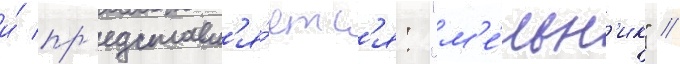
и́ пр'едставл'я́етс'я: "м'е́льн'ик" //